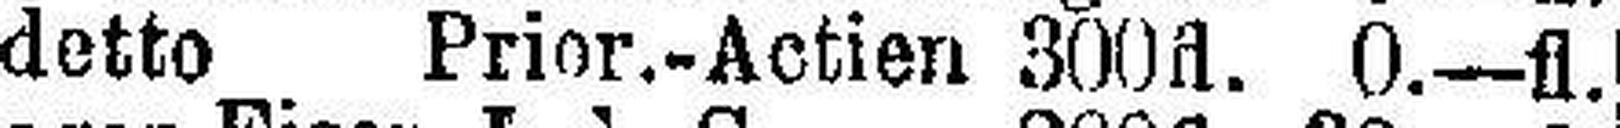
detto Prior.-Actien 300fl. 0.—fl.